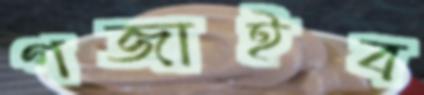
গজাইব